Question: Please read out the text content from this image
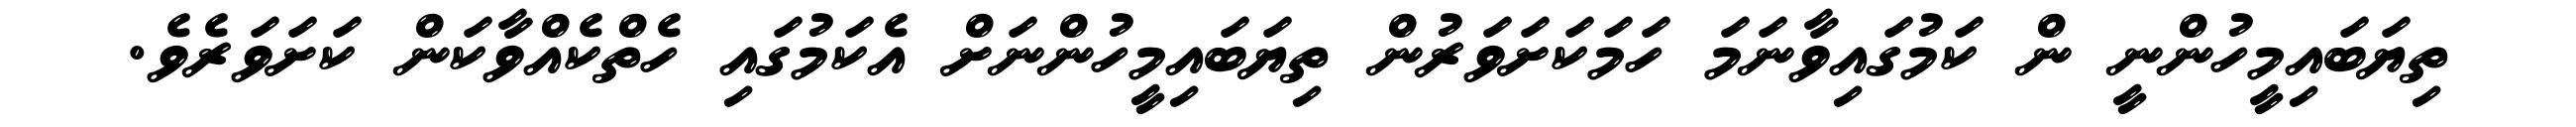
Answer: ތިޔަބައިމީހުންނީ ން ކަމުގައިވާނަމަ ހަމަކަށަވަރުން ތިޔަބައިމީހުންނަށް އެކަމުގައި ހެތްކެއްވާކަން ކަށަވަރެވެ.